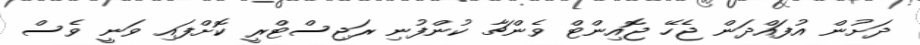
ދަށުން އުފައްދަން ޖެހޭ ޖޮއިންޓް ވެންޗާ ކުންފުނި ރަޖިސްޓްރީ ކޮށްފައި ވަނީ ވެސް